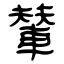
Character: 輦